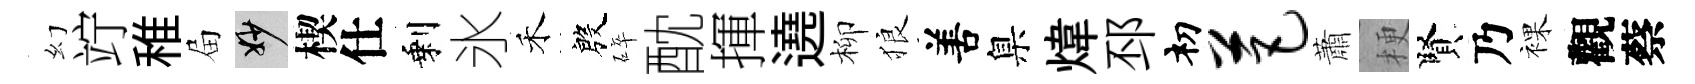
幻竚稚屇妙楔仕剩氷禾殷碎酖揮遶柳狼𠵊臬煒邳𥘉芭蕭梗賢乃裸觀蔡